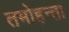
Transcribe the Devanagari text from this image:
तमोहन्ता